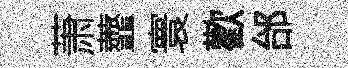
萧虀寰歡邰